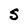
Character: S